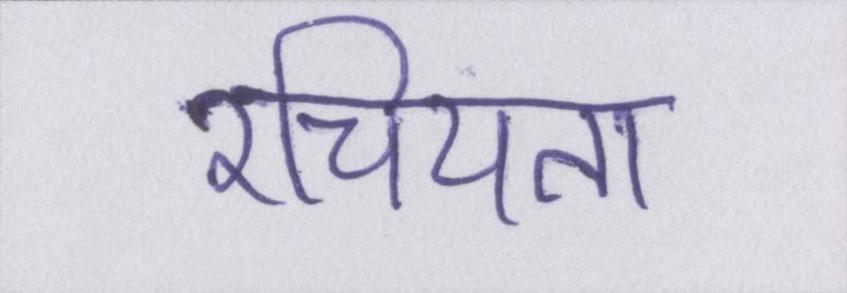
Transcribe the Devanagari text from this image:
रचियता